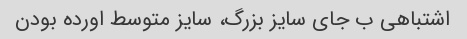
اشتباهی ب جای سایز بزرگ، سایز متوسط اورده بودن